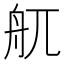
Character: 䑢